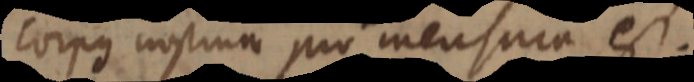
corpus nostrum pro mensura est.